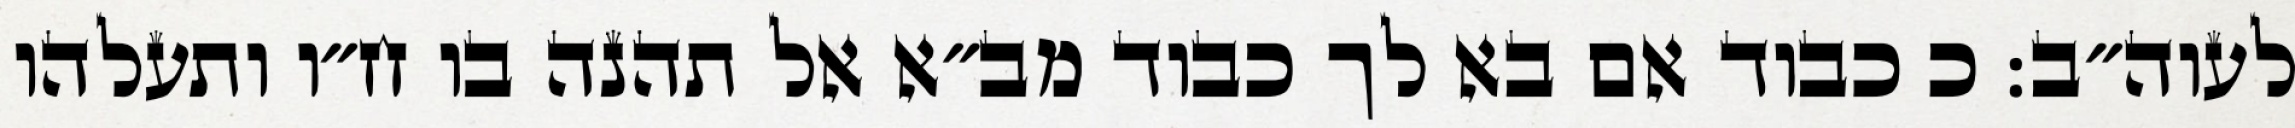
לעוה״ב: כ כבוד אם בא לך כבוד מב״א אל תהנה בו ח״ו ותעלהו